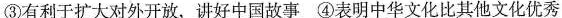
③有利于扩大对外开放，讲好中国故事 ④表明中华文化比其他文化优秀